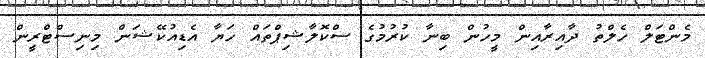
މެންޓަލް ހެލްތު ދާއިރާއިން މީހުން ބިނާ ކުރުމުގެ ސްކޮލާޝިޕްތައް ހަޔާ އެޑިއުކޭޝަން މިނިސްޓްރީން